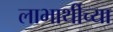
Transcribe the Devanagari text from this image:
लाभार्थीच्या